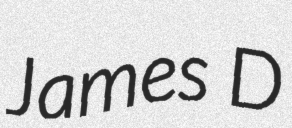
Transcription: James D